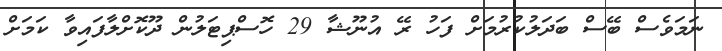
ނަމަވެސް ބޭސް ބަދަލުކުރުމަށް ފަހު ރޭ އުނޫޝާ 29 ހޮސްޕިޓަލުން ދޫކޮށްލާފައިވާ ކަމަށް